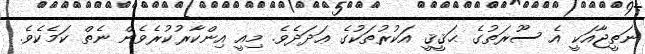
ނަތީޖާއަކީ އެ ސޫރަތުގެ ޙަޤީޤީ އަކުރުތަކުގެ ޢަދަދެވެ. މިއީ އިންކާރުކުރެވެން ނެތް ކަމެކެވެ.